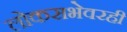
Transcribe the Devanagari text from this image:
लोकसभेवरही